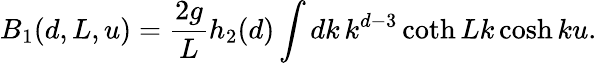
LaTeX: B_{1}(d,L,u)=\frac{2g}{L}h_{2}(d)\int dk\, k^{d-3}\coth Lk\cosh ku.